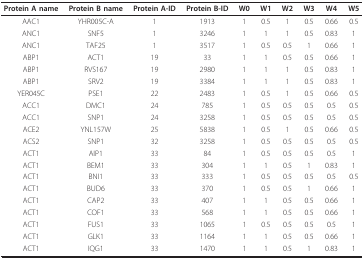
<table><thead><tr><td><b>Protein A name</b></td><td><b>Protein B name</b></td><td><b>Protein A-ID</b></td><td><b>Protein B-ID</b></td><td><b>W0</b></td><td><b>W1</b></td><td><b>W2</b></td><td><b>W3</b></td><td><b>W4</b></td><td><b>W5</b></td></tr></thead><tbody><tr><td>AAC1</td><td>YHR005C-A</td><td>1</td><td>1913</td><td>1</td><td>0.5</td><td>1</td><td>0.5</td><td>0.66</td><td>0.5</td></tr><tr><td>ANC1</td><td>SNF5</td><td>1</td><td>3246</td><td>1</td><td>1</td><td>1</td><td>0.5</td><td>0.83</td><td>1</td></tr><tr><td>ANC1</td><td>TAF25</td><td>1</td><td>3517</td><td>1</td><td>0.5</td><td>0.5</td><td>1</td><td>0.66</td><td>1</td></tr><tr><td>ABP1</td><td>ACT1</td><td>19</td><td>33</td><td>1</td><td>1</td><td>0.5</td><td>0.5</td><td>0.66</td><td>1</td></tr><tr><td>ABP1</td><td>RVS167</td><td>19</td><td>2980</td><td>1</td><td>1</td><td>1</td><td>0.5</td><td>0.83</td><td>1</td></tr><tr><td>ABP1</td><td>SRV2</td><td>19</td><td>3384</td><td>1</td><td>1</td><td>1</td><td>0.5</td><td>0.83</td><td>1</td></tr><tr><td>YER045C</td><td>PSE1</td><td>22</td><td>2483</td><td>1</td><td>0.5</td><td>1</td><td>0.5</td><td>0.66</td><td>0.5</td></tr><tr><td>ACC1</td><td>DMC1</td><td>24</td><td>785</td><td>1</td><td>0.5</td><td>0.5</td><td>0.5</td><td>0.5</td><td>0.5</td></tr><tr><td>ACC1</td><td>SNP1</td><td>24</td><td>3258</td><td>1</td><td>0.5</td><td>0.5</td><td>0.5</td><td>0.5</td><td>0.5</td></tr><tr><td>ACE2</td><td>YNL157W</td><td>25</td><td>5838</td><td>1</td><td>0.5</td><td>1</td><td>0.5</td><td>0.66</td><td>0.5</td></tr><tr><td>ACS2</td><td>SNP1</td><td>32</td><td>3258</td><td>1</td><td>0.5</td><td>0.5</td><td>0.5</td><td>0.5</td><td>0.5</td></tr><tr><td>ACT1</td><td>AIP1</td><td>33</td><td>84</td><td>1</td><td>0.5</td><td>0.5</td><td>0.5</td><td>0.5</td><td>1</td></tr><tr><td>ACT1</td><td>BEM1</td><td>33</td><td>304</td><td>1</td><td>1</td><td>0.5</td><td>1</td><td>0.83</td><td>1</td></tr><tr><td>ACT1</td><td>BNI1</td><td>33</td><td>333</td><td>1</td><td>0.5</td><td>0.5</td><td>0.5</td><td>0.5</td><td>0.5</td></tr><tr><td>ACT1</td><td>BUD6</td><td>33</td><td>370</td><td>1</td><td>0.5</td><td>0.5</td><td>1</td><td>0.66</td><td>1</td></tr><tr><td>ACT1</td><td>CAP2</td><td>33</td><td>407</td><td>1</td><td>1</td><td>0.5</td><td>0.5</td><td>0.66</td><td>1</td></tr><tr><td>ACT1</td><td>COF1</td><td>33</td><td>568</td><td>1</td><td>1</td><td>0.5</td><td>0.5</td><td>0.66</td><td>1</td></tr><tr><td>ACT1</td><td>FUS1</td><td>33</td><td>1065</td><td>1</td><td>0.5</td><td>0.5</td><td>0.5</td><td>0.5</td><td>1</td></tr><tr><td>ACT1</td><td>GLK1</td><td>33</td><td>1164</td><td>1</td><td>1</td><td>0.5</td><td>0.5</td><td>0.66</td><td>1</td></tr><tr><td>ACT1</td><td>IQG1</td><td>33</td><td>1470</td><td>1</td><td>1</td><td>0.5</td><td>1</td><td>0.83</td><td>1</td></tr></tbody></table>